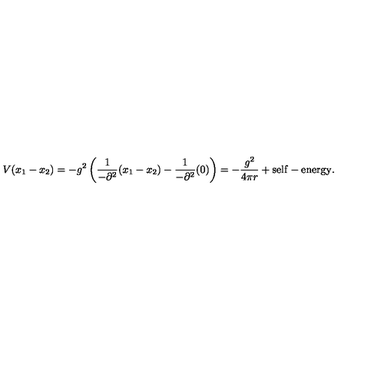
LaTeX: V ( x _ { 1 } - x _ { 2 } ) = - g ^ { 2 } \left( \frac { 1 } { - \partial ^ { 2 } } ( x _ { 1 } - x _ { 2 } ) - \frac { 1 } { - \partial ^ { 2 } } ( 0 ) \right) = - \frac { g ^ { 2 } } { 4 \pi r } + \mathrm { s e l f - e n e r g y } .